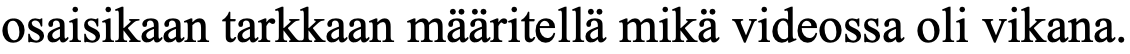
osaisikaan tarkkaan määritellä mikä videossa oli vikana.